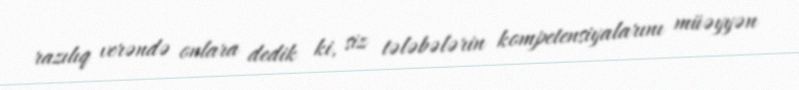
razılıq verəndə onlara dedik ki, siz tələbələrin kompetensiyalarını müəyyən